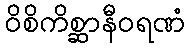
ဝိစိကိစ္ဆာနီဝရဏံ